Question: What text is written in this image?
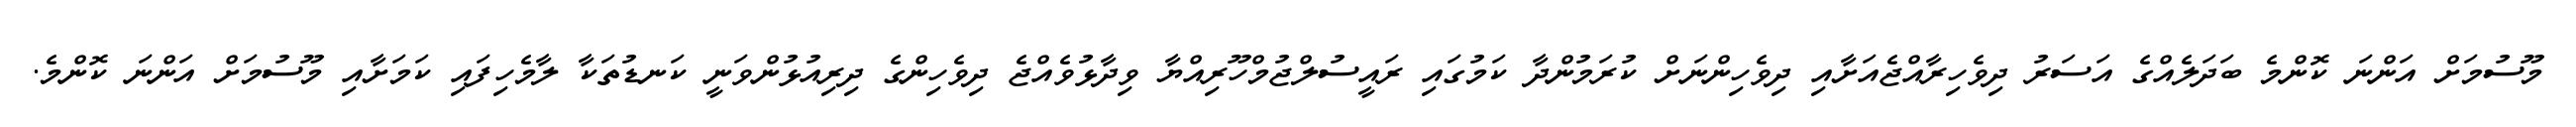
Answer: މޫސުމަށް އަންނަ ކޮންމެ ބަދަލެއްގެ އަސަރު ދިވެހިރާއްޖެއަށާއި ދިވެހިންނަށް ކުރަމުންދާ ކަމުގައި ރައީސުލްޖުމްހޫރިއްޔާ ވިދާޅުވެއްޖެ ދިވެހިންގެ ދިރިއުޅުންވަނީ ކަނޑުތަކާ ލާމެހިފައި ކަމަށާއި މޫސުމަށް އަންނަ ކޮންމެ.